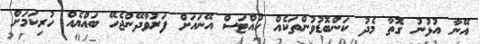
އޭނާ އުޅުނު ގޮތާ މެދު ކަންބޮޑުވުންތަކެއް ހުއްޓަސް އޭނައަށް ފަރުވާދޭންޖެހޭ ބައްޔެއް ހުރިކަަމަށް